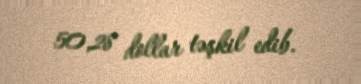
50,28 dollar təşkil edib.